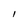
Character: I